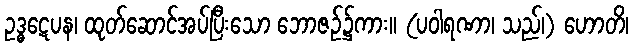
ဥဒ္ဓဋေပန၊ ထုတ်ဆောင်အပ်ပြီးသော ဘောဇဉ်၌ကား။ (ပဝါရဏာ၊ သည်၊) ဟောတိ၊